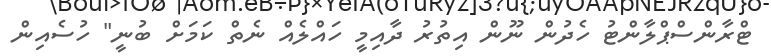
ޓްރާންސްޕްލާންޓު ހެދުން ނޫން އިތުރު ދާއިމީ ހައްލެއް ނެތް ކަމަށް ބުނީ" ހުސެއިން